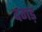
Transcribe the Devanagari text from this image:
दगड़